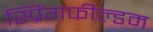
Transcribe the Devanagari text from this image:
स्प्रिंगफील्डम